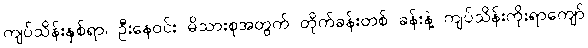
ကျပ်သိန်းနှစ်ရာ၊ ဦးနေဝင်း မိသားစုအတွက် တိုက်ခန်းတစ် ခန်းနဲ့ ကျပ်သိန်းကိုးရာကျော်